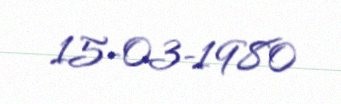
15-03-1980